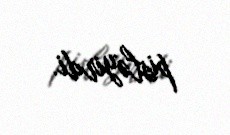
pisləyirdi.